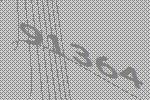
91364